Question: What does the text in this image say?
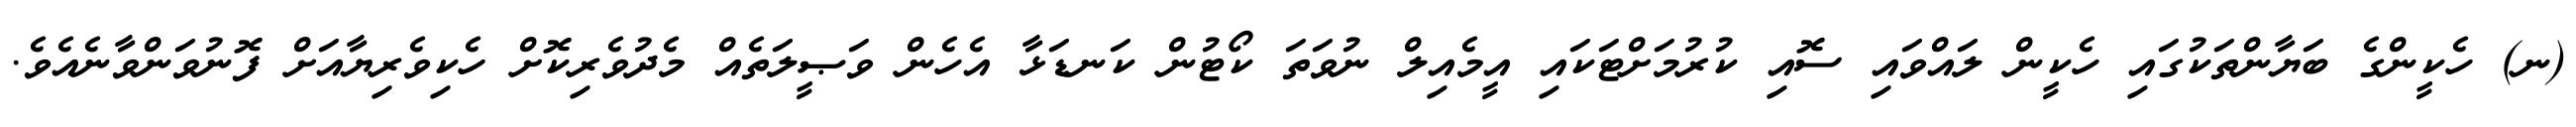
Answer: (ނ) ހެކީންގެ ބަޔާންތަކުގައި ހެކީން ލައްވައި ސޮއި ކުރުމަށްޓަކައި އީމެއިލް ނުވަތަ ކޯޓުން ކަނޑަޅާ އެހެން ވަޞީލަތެއް މެދުވެރިކޮށް ހެކިވެރިޔާއަށް ފޮނުވަންވާނެއެވެ.